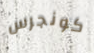
كونجرس